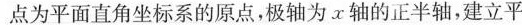
点为平面直角坐标系的原点，极轴为α轴的正半轴，建立平